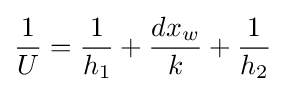
{\frac {1}{U}}={\frac {1}{h_{1}}}+{\frac {dx_{w}}{k}}+{\frac {1}{h_{2}}}